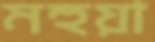
মহুয়া